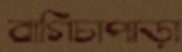
বাগিচাপাড়া